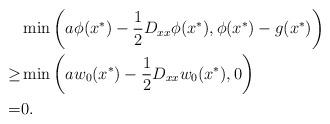
LaTeX: \begin{align*}& \min\left(a\phi(x^*)-\frac{1}{2}D_{xx} \phi(x^*),\phi(x^*)-g(x^*)\right)\\\geq& \min\left(aw_0(x^*)-\frac{1}{2}D_{xx} w_0(x^*),0\right)\\= &0.\end{align*}